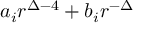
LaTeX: a _ { i } r ^ { \Delta - 4 } + b _ { i } r ^ { - \Delta }